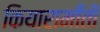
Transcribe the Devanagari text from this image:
कियारामॉँती